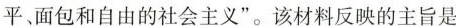
平、面包和自由的社会主义”。该材料反映的主旨是